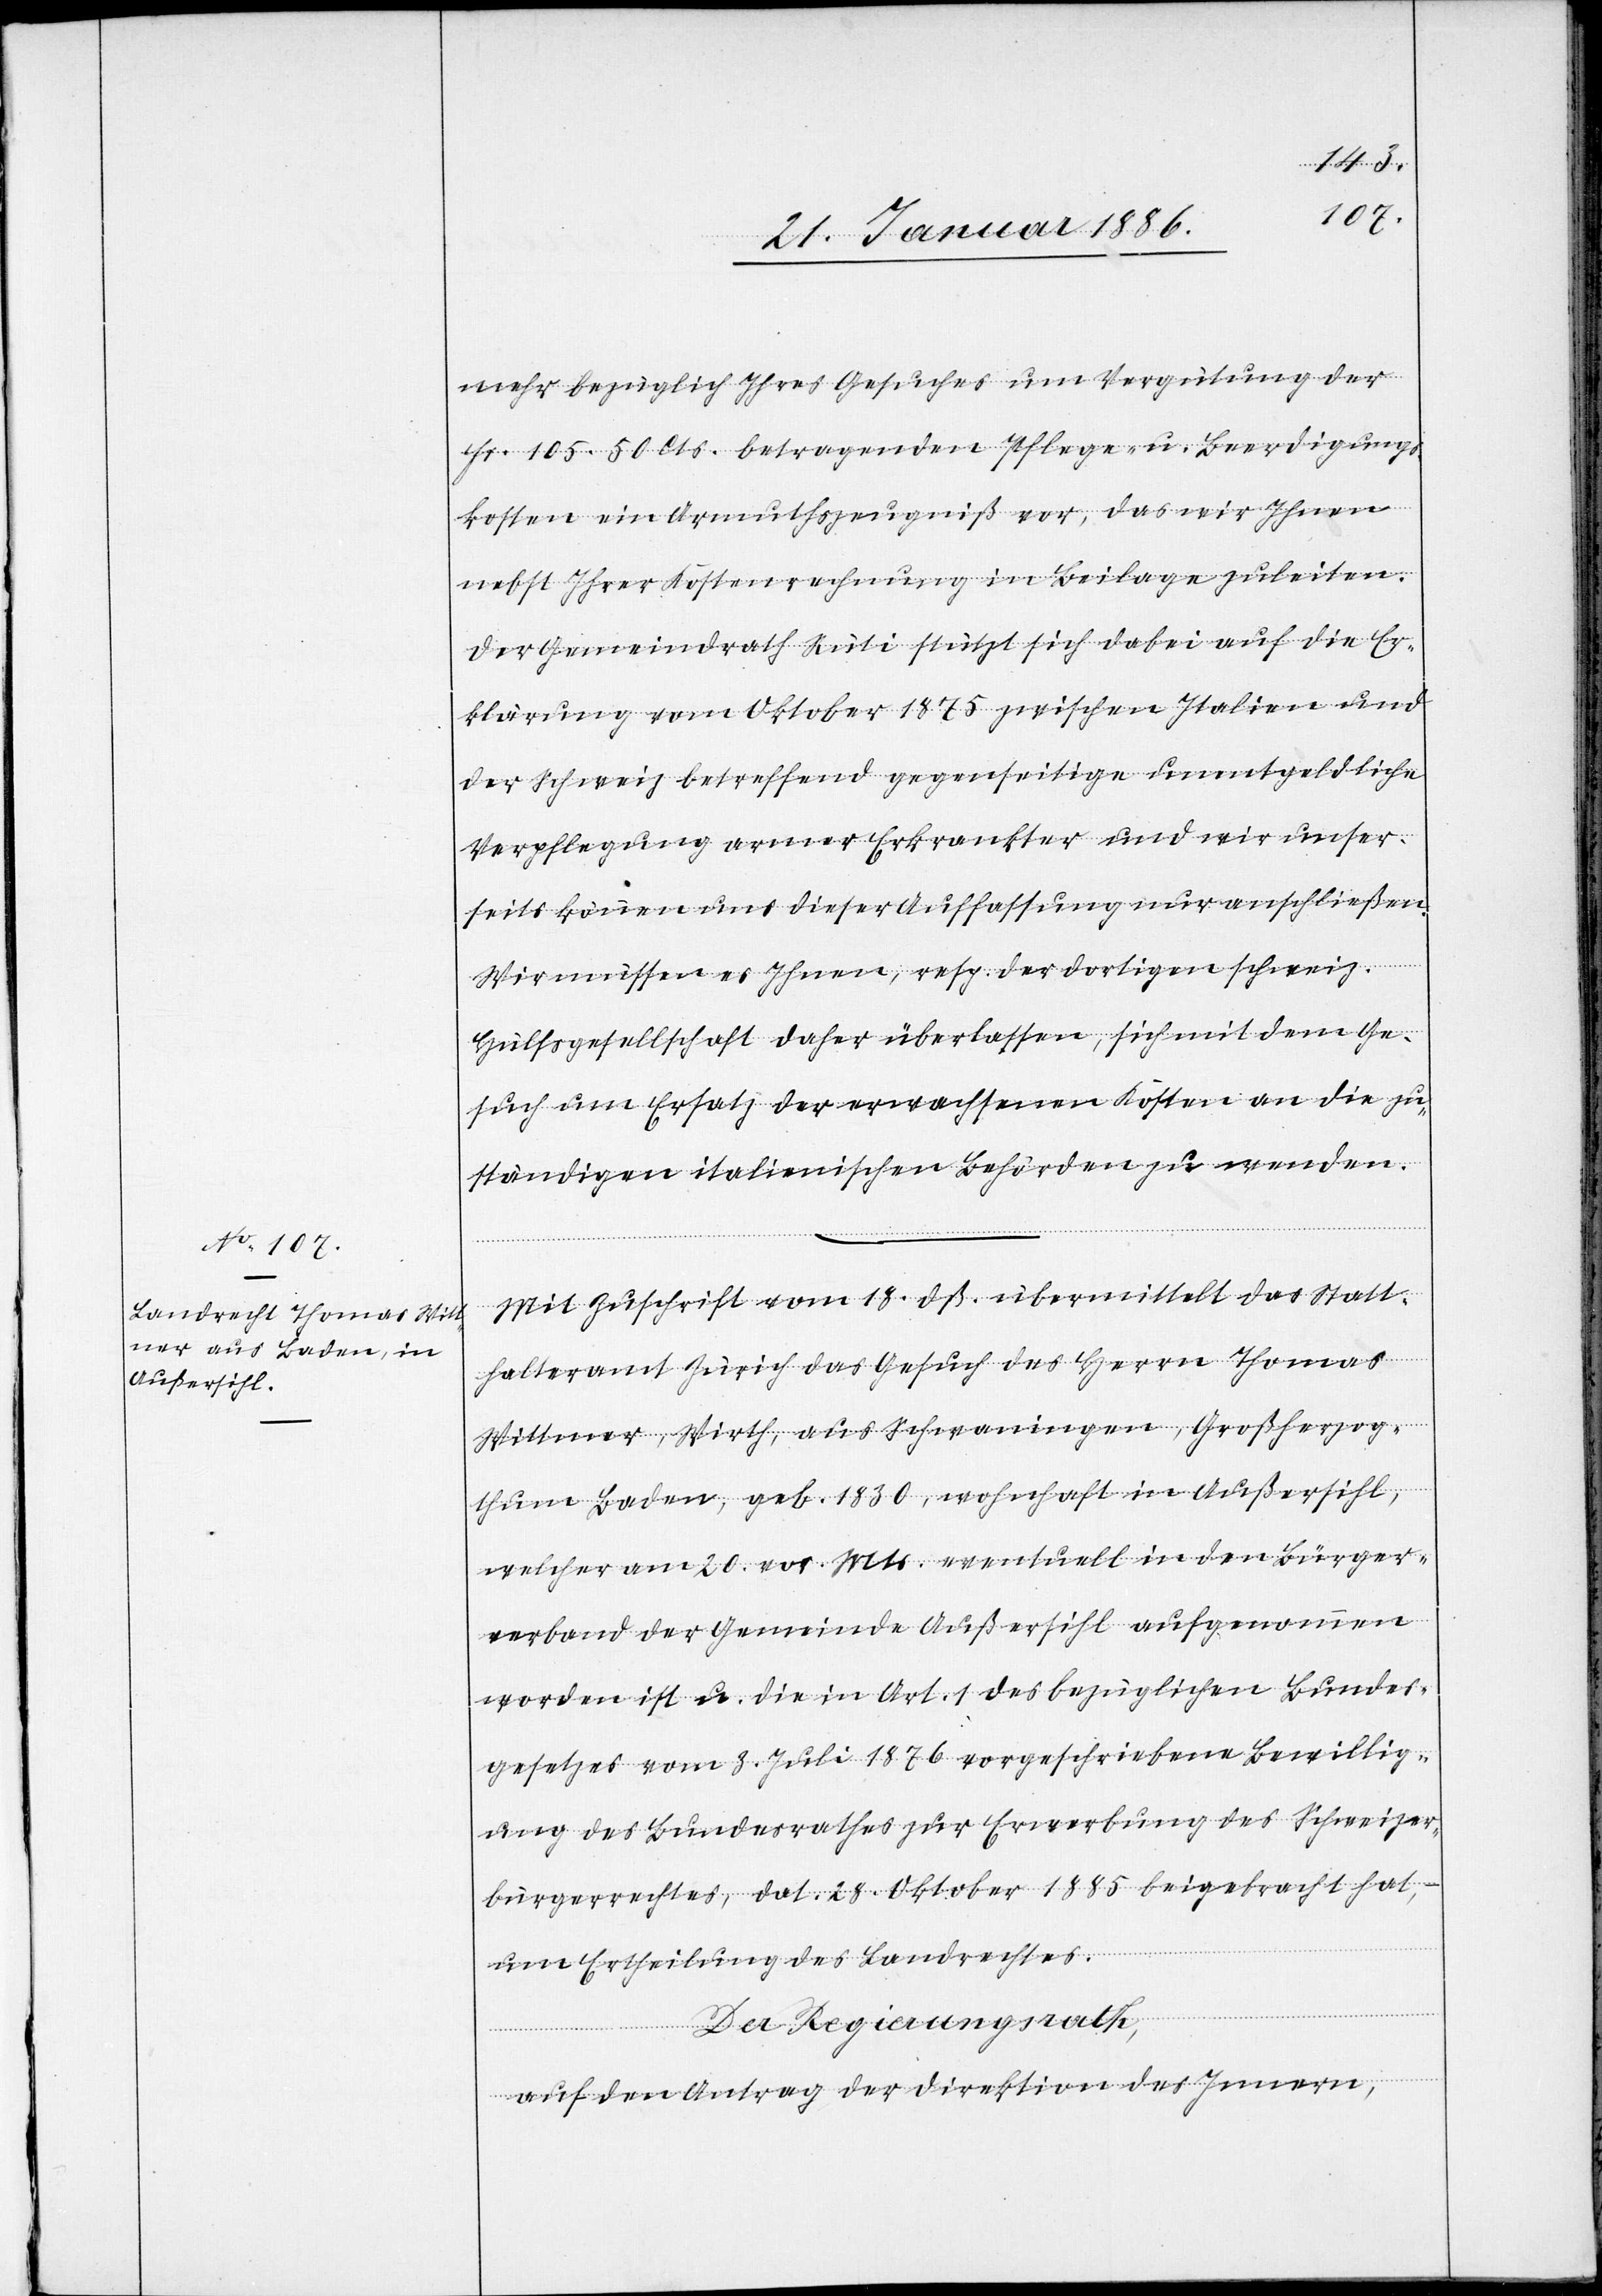
mehr bezüglich Ihres Gesuches um Vergütung der
Fr. 105. 50 Cts. betragenden Pflege- u. Beerdigungs¬
kosten ein Armuthszeugniß vor, das wir Ihnen
nebst Ihrer Kostenrechnung in Beilage zuleiten.
Der Gemeindrath Rüti stützt sich dabei auf die Er¬
klärung vom Oktober 1875 zwischen Italien und
der Schweiz betreffend gegenseitige unentgeltliche
Verpflegung armer Erkrankter und wir unser¬
seits können uns dieser Auffassung nur anschließen.
Wir müssen es Ihnen, resp. der dortigen schweiz.
Hülfsgesellschaft daher überlassen, sich mit dem Ge¬
such um Ersatz der erwachsenen Kosten an die zu¬
ständigen italienischen Behörden zu wenden.
Mit Zuschrift vom 18. dß. übermittelt das Statt¬
halteramt Zürich das Gesuch des Herrn Thomas
Wittmer, Wirth, aus Schwaningen, Großherzog¬
thum Baden, geb. 1830, wohnhaft in Außersihl,
welcher am 20. vor. Mts. eventuell in den Bürger¬
verband der Gemeinde Außersihl aufgenommen
worden ist u. die in Art. 1 des bezüglichen Bundes¬
gesetzes vom 3. Juli 1876 vorgeschriebene Bewillig¬
ung des Bundesrathes zur Erwerbung des Schweizer¬
bürgerrechtes, dat. 28. Oktober 1885 beigebracht hat, –
um Ertheilung des Landrechtes.
Der Regierungsrath,
auf den Antrag der Direktion des Innern,